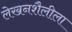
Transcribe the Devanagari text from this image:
लेखनशैलीला